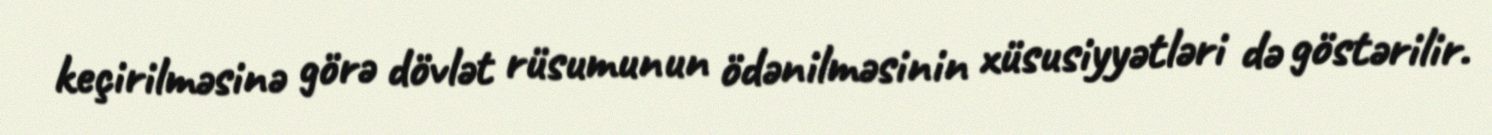
keçirilməsinə görə dövlət rüsumunun ödənilməsinin xüsusiyyətləri də göstərilir.